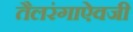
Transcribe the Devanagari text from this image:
तैलरंगाऐवजी